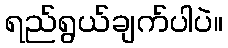
ရည်ရွယ်ချက်ပါပဲ။